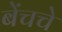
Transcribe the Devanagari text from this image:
बेंचचे